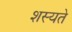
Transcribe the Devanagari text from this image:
शस्यते